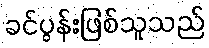
ခင်ပွန်းဖြစ်သူသည်